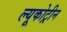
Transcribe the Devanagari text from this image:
ल्यूकोट्रीन